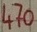
Text: 470